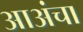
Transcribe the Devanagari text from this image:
आअंचा